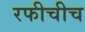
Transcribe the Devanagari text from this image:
रफीचीच